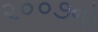
૨૦૦૭નો